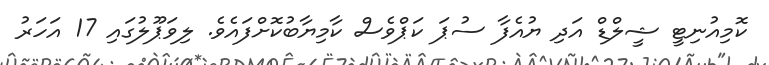
ކޮމިއުނިޓީ ޝީލްޑް އަދި ޔުއެފާ ސުޕަ ކަޕްވެސް ކާމިޔާބުކޮށްފައެވެ. ލިވަޕޫލުގައި 17 އަހަރު